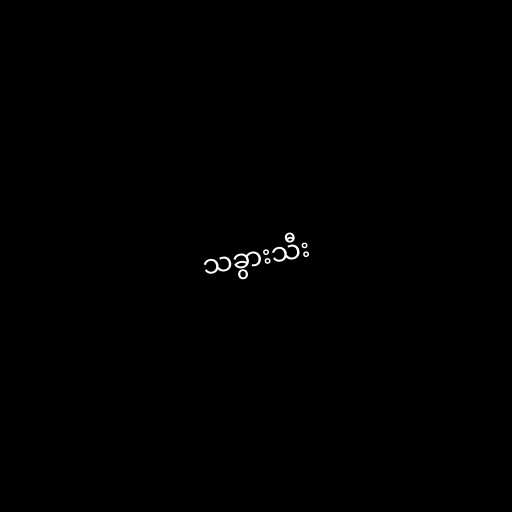
သခွားသီး